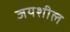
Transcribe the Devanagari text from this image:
जयशील